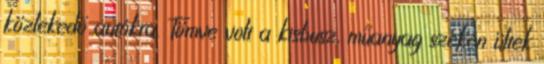
közlekedő autókra. Tömve volt a kisbusz, műanyag széken ültek